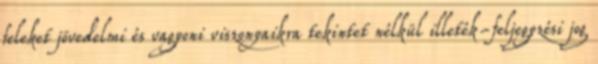
feleket jövedelmi és vagyoni viszonyaikra tekintet nélkül illeték-feljegyzési jog